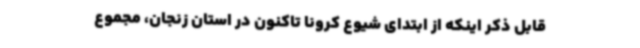
قابل ذکر اینکه از ابتدای شیوع کرونا تاکنون در استان زنجان، مجموع